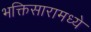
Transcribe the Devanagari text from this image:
भक्तिसारामध्ये